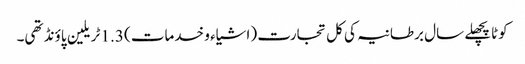
کوٹاپچھلے سال برطانیہ کی کل تجارت (اشیاء و خدمات) 1.3 ٹریلین پاؤنڈ تھی۔